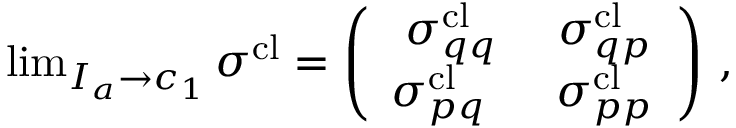
\begin{array} { r } { \operatorname* { l i m } _ { I _ { a } \to c _ { 1 } } \boldsymbol { \sigma } ^ { \mathrm { c l } } = \left( \begin{array} { c c } { \boldsymbol { \sigma } _ { q q } ^ { \mathrm { c l } } } & { \boldsymbol { \sigma } _ { q p } ^ { \mathrm { c l } } } \\ { \boldsymbol { \sigma } _ { p q } ^ { \mathrm { c l } } \; \; } & { \boldsymbol { \sigma } _ { p p } ^ { \mathrm { c l } } } \end{array} \right) \, , } \end{array}